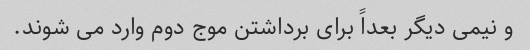
و نیمی دیگر بعداً برای برداشتن موج دوم وارد می شوند.